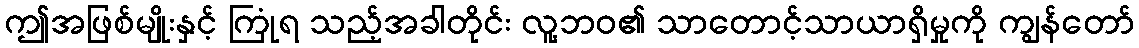
ဤအဖြစ်မျိုးနှင့် ကြုံရ သည့်အခါတိုင်း လူ့ဘဝ၏ သာတောင့်သာယာရှိမှုကို ကျွန်တော်